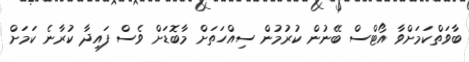
ބާވަތްކަމަށްވާ އޯޓްސް ބޭނުން ކުރުމުން ސިއްހަތަށް މާބޮޑަށް ވެސް ފައިދާ ކުރާނެ ކަމަށް